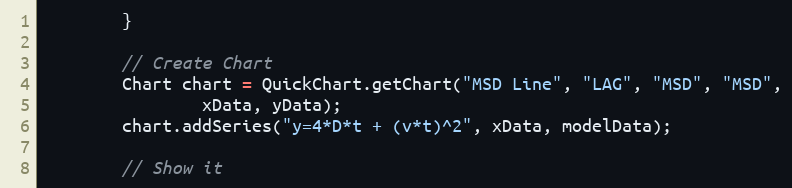
Language: Java
		}

		// Create Chart
		Chart chart = QuickChart.getChart("MSD Line", "LAG", "MSD", "MSD",
				xData, yData);
		chart.addSeries("y=4*D*t + (v*t)^2", xData, modelData);

		// Show it